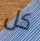
كل